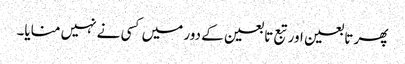
پھر تابعین اور تبع تابعین کے دور میں کسی نے نہیں منایا۔